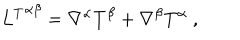
{ L ^ { T } } ^ { \alpha \beta } = \nabla ^ { \alpha } T ^ { \beta } + \nabla ^ { \beta } T ^ { \alpha } \ ,